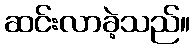
ဆင်းလာခဲ့သည်။